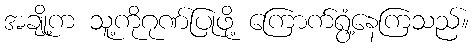
အချို့က သူ့ကိုဂုဏ်ပြုဖို့ ကြောက်ရွံ့နေကြသည်။